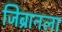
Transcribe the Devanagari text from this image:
जिब्रानला